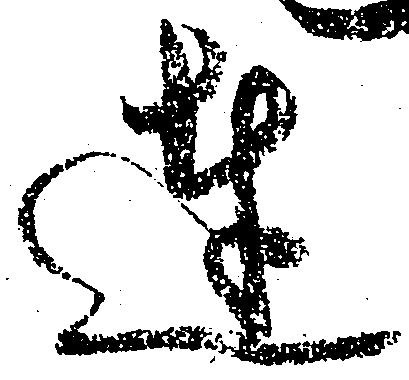
達